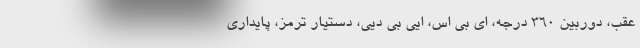
عقب، دوربین 360 درجه، ای بی اس، ایی بی دیی، دستیار ترمز، پایداری